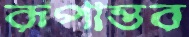
রূপান্তর